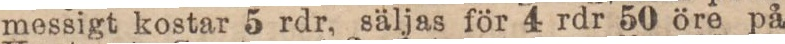
messigt kostar 5 rdr, säljas för 4 rdr 50 öre på